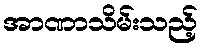
အာဏာသိမ်းသည့်